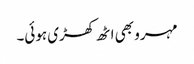
مہرو بھی اٹھ کھڑی ہوئی۔